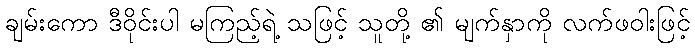
ချမ်းကော ဒီဝိုင်းပါ မကြည့်ရဲ့ သဖြင့် သူတို့ ၏ မျက်နှာကို လက်ဖဝါးဖြင့်